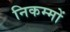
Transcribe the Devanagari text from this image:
निकम्मों